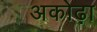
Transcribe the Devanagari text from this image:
अकोढ़ा